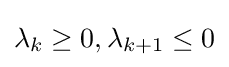
\lambda _{k}\geq 0,\lambda _{k+1}\leq 0